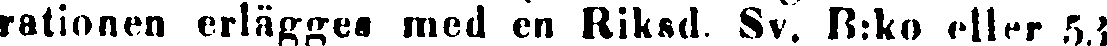
rationen erlägges med en Riksd. Sv, B:ko eller 53